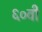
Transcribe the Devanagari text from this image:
६०वी